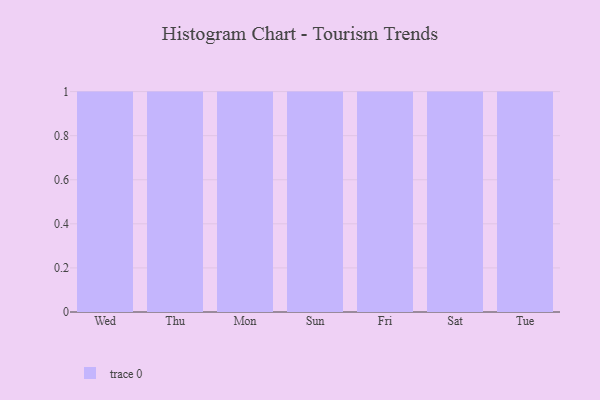
{"axis": {"x": "Day", "y": "Waste Production (Tons)"}, "legend": [""], "data": [{"x": "Wed", "y": 52, "type": ""}, {"x": "Thu", "y": 97, "type": ""}, {"x": "Mon", "y": 21, "type": ""}, {"x": "Sun", "y": 2, "type": ""}, {"x": "Fri", "y": 6, "type": ""}, {"x": "Sat", "y": 44, "type": ""}, {"x": "Tue", "y": 79, "type": ""}]}